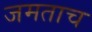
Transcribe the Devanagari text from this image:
जमताच